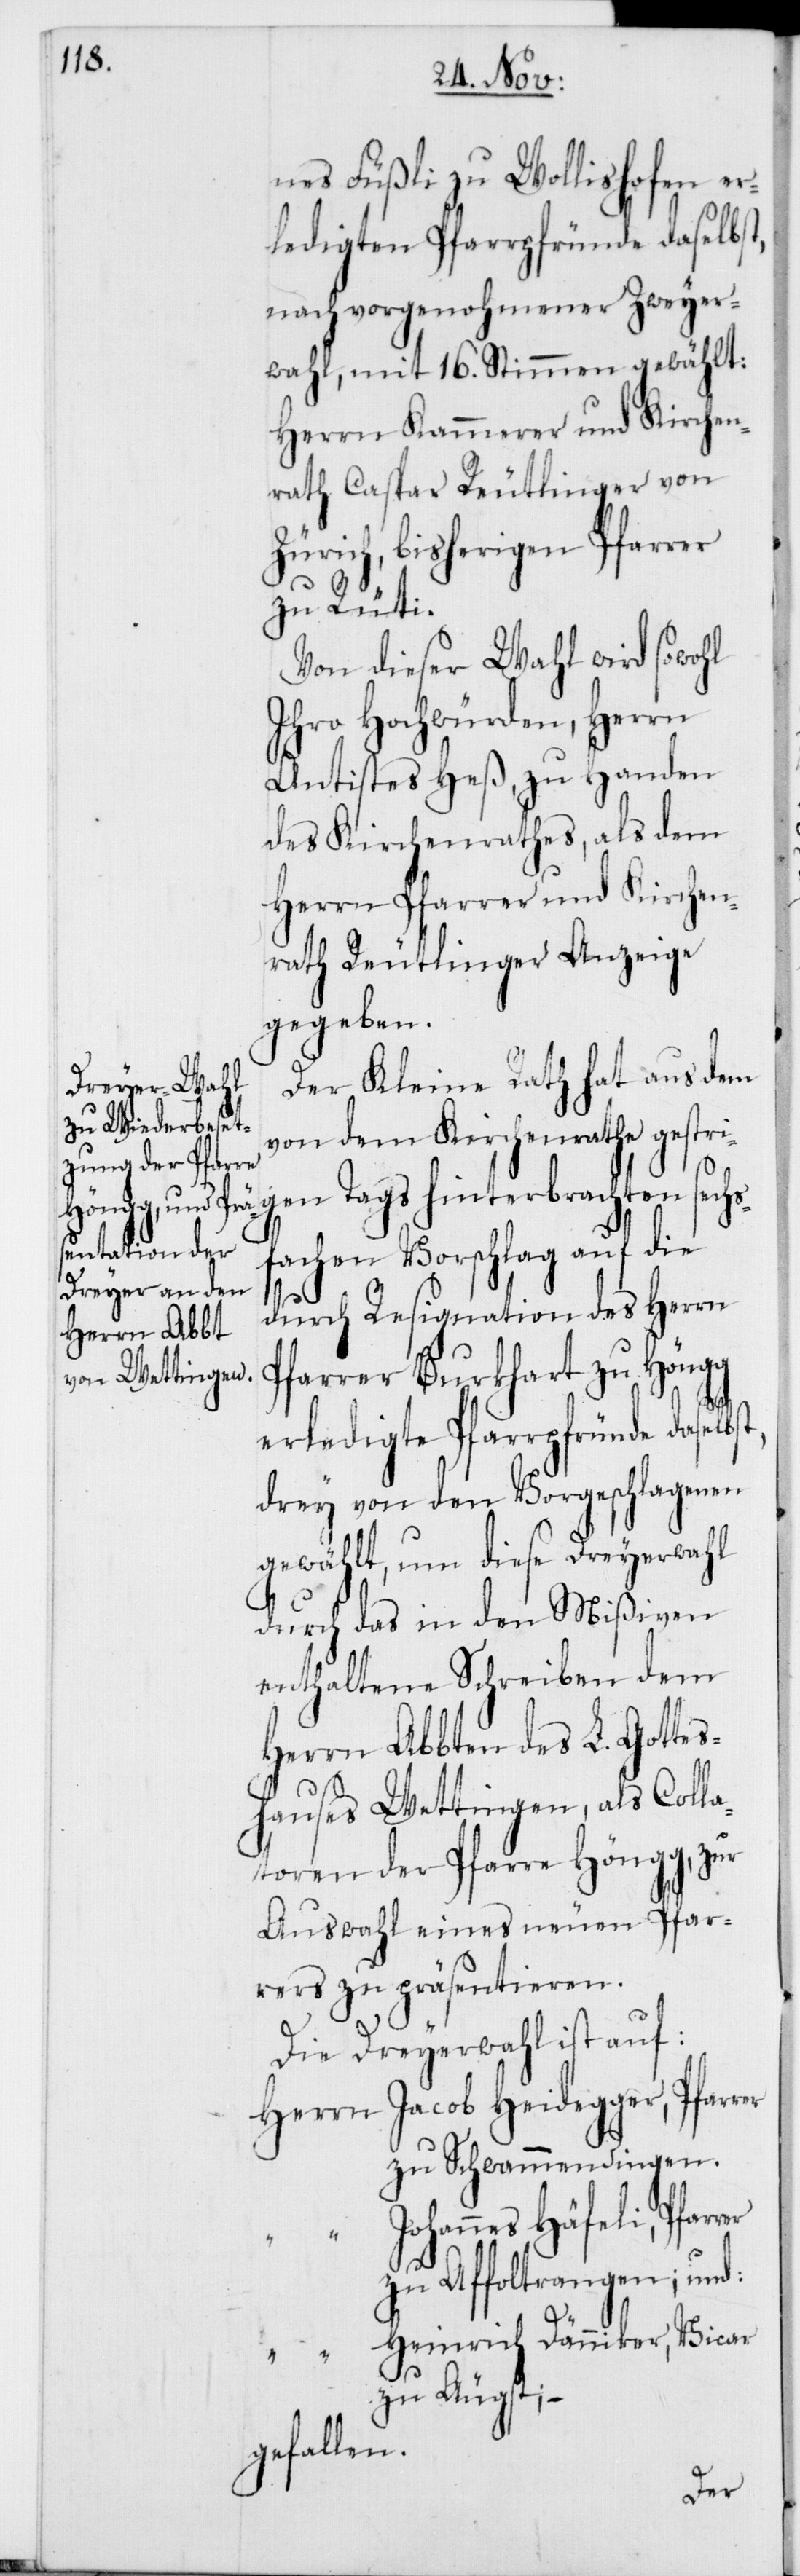
nes Füßli zu Wollishofen er¬
ledigten Pfarrpfründe daselbst,
nach vorgenohmener Zweyer¬
wahl, mit 16. Stimmen gewählt:
Herrn Kammerer und Kirchen¬
rath Caspar Reutlinger von
Zürich, bisherigen Pfarrer
zu Rüti.
Von dieser Wahl wird sowohl
Ihro Hochwürden, Herrn
Antistes Heß, zu Handen
des Kirchenrathes, als dem
Herrn Pfarrer und Kirchen¬
rath Reutlinger Anzeige
gegeben.
Der Kleine Rath hat aus dem
von dem Kirchenrathe gestri¬
gen Tags hinterbrachten sech¬
sfachen Vorschlag auf die
durch Resignation des Herrn
Pfarrer Burkhart zu Höngg
erledigte Pfarrpfründe daselbst,
drey von den Vorgeschlagenen
gewählt, um diese Dreyerwahl
durch das in den Mißiven
enthaltene Schreiben dem
Herrn Abbten des L. Gottes¬
hauses Wettingen, als Colla¬
toren der Pfarre Höngg, zur
Auswahl eines neuen Pfar¬
rers zu präsentieren.
Die Dreyerwahl ist auf:
Jacob Heidegger, Pfarr¬
zu Schwammendingen.
Johannes Häfeli, Pfarrer
zu Affoltrangen
Heinrich Dänniker, Vicar
zu Aeugst; –
gefallen.
er